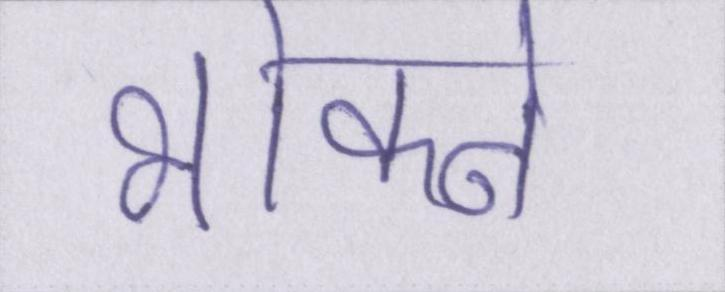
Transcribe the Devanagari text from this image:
भोकने